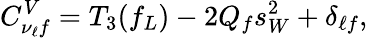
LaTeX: C_{\nu_{\ell}f}^{V}=T_{3}(f_{L})-2Q_{f}s_{W}^{2}+\delta_{\ell f},